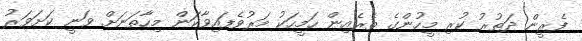
ފެރީން ދަތުރު ކުރި މީހުންގެ ތެރެއިން ހަމީހަކު މަރުވެފައިވާކަން މިހާތަނަށް ވަނީ ކަށަވަރު